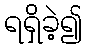
ရရှိခဲ့၍